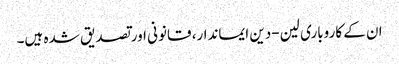
ان کے کاروباری لین-دین ایماندار، قانونی اور تصدیق شدہ ہیں۔